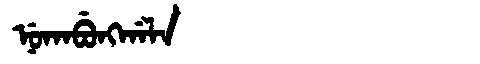
Manchu: ᠨᡠᡴᠠᠪᡠᠩᡤᠠᠯᠠ
Romanization: NUKABUNGGALA